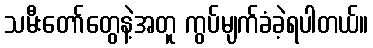
သမီးတော်တွေနဲ့အတူ ကွပ်မျက်ခံခဲ့ရပါတယ်။